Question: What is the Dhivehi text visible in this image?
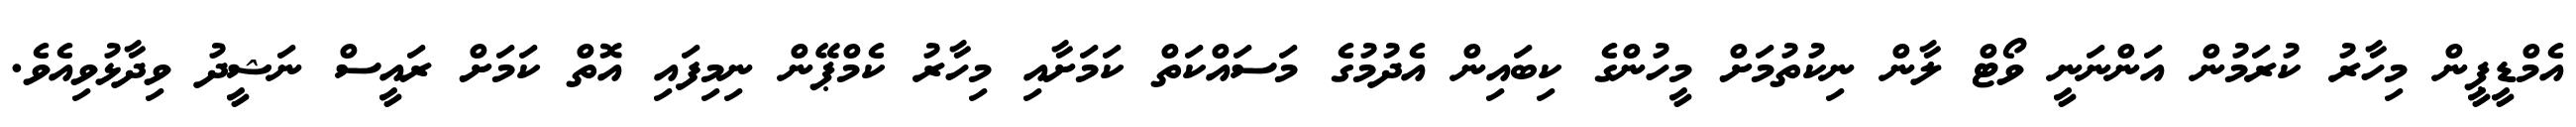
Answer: އެމްޑީޕީން މިހާރު ކުރަމުން އަންނަނީ ވޯޓް ލާން ނިކުތުމަށް މީހުންގެ ކިބައިން އެދުމުގެ މަސައްކަތް ކަމަށާއި މިހާރު ކެމްޕޭން ނިމިފައި އޮތް ކަމަށް ރައީސް ނަޝީދު ވިދާޅުވިއެވެ.